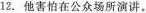
12. 他害怕在公众场所演讲.